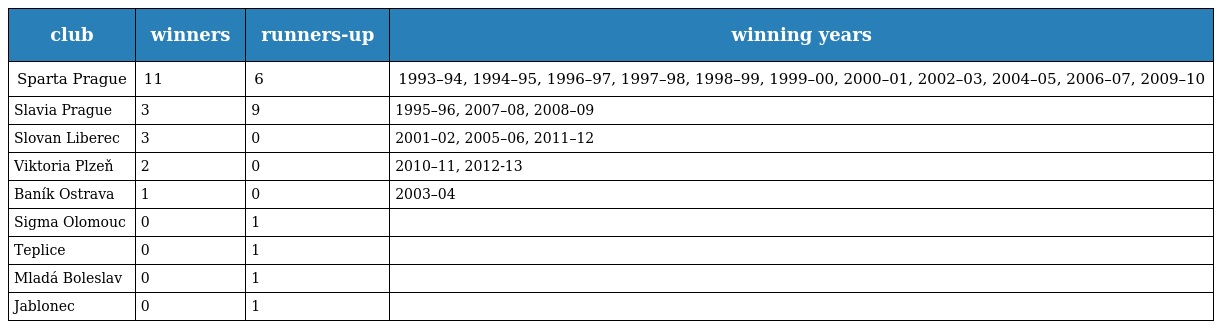
| club | winners | runners-up | winning years |
 | --- | --- | --- | --- |
 | Sparta Prague | 11 | 6 | 1993–94, 1994–95, 1996–97, 1997–98, 1998–99, 1999–00, 2000–01, 2002–03, 2004–05, 2006–07, 2009–10 |
 | Slavia Prague | 3 | 9 | 1995–96, 2007–08, 2008–09 |
 | Slovan Liberec | 3 | 0 | 2001–02, 2005–06, 2011–12 |
 | Viktoria Plzeň | 2 | 0 | 2010–11, 2012-13 |
 | Baník Ostrava | 1 | 0 | 2003–04 |
 | Sigma Olomouc | 0 | 1 |  |
 | Teplice | 0 | 1 |  |
 | Mladá Boleslav | 0 | 1 |  |
 | Jablonec | 0 | 1 |  |